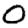
Digit: 0